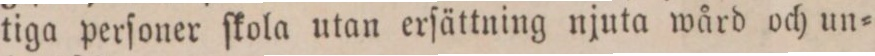
tiga perſoner ſkola utan erſättning njuta wård och un=